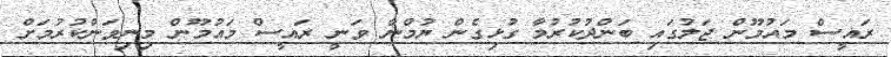
ރައީސް މައުމޫން ޖަލުގައި ބަންދުކުރުމާ ގުޅިގެން ޔުމްނާ ވަނީ ރައީސް މައުމޫން މިނިވަންކުރުމަށް